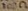
Text: 10Ω